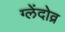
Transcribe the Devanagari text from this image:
ग्लेंदोव्र